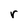
Character: r